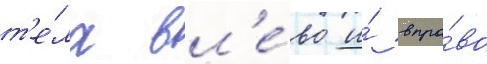
т'е́ла вл'е́во и́ впра́во